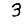
Digit: 3